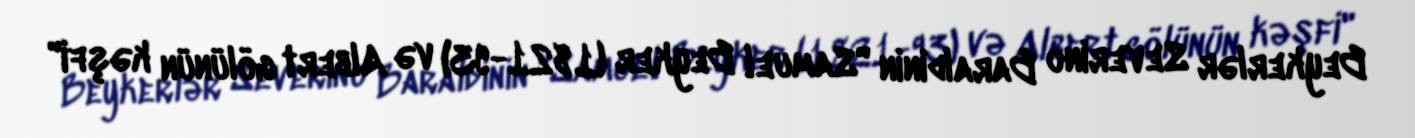
Beykerlər Severino Baraldinin "Samuel Beyker (1821-93) və Albert gölünün kəşfi"